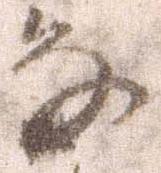
な